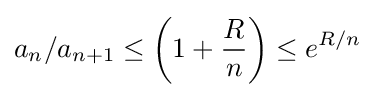
a_{n}/a_{n+1}\leq \left(1+{\frac {R}{n}}\right)\leq e^{R/n}